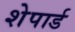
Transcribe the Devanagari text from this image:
शेपार्ड